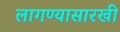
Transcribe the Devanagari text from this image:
लागण्यासारखी